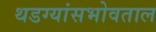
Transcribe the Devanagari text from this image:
थडग्यांसभोवताल